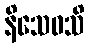
နိသေဝသိ